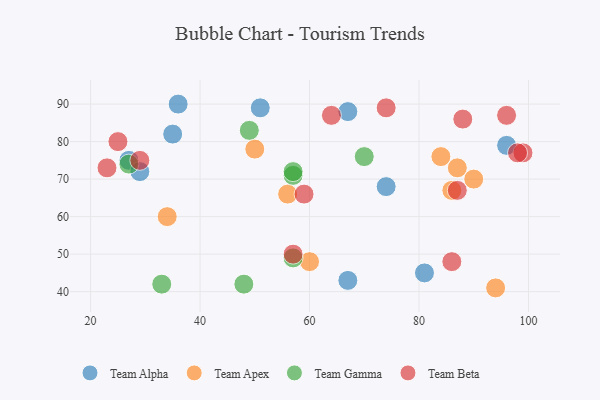
{"axis": {"x": "GDP", "y": "Life Expectancy"}, "legend": ["Team Alpha", "Team Apex", "Team Beta", "Team Gamma"], "data": [{"x": "67", "y": 43, "type": "Team Alpha"}, {"x": "27", "y": 75, "type": "Team Alpha"}, {"x": "36", "y": 90, "type": "Team Alpha"}, {"x": "96", "y": 79, "type": "Team Alpha"}, {"x": "74", "y": 68, "type": "Team Alpha"}, {"x": "51", "y": 89, "type": "Team Alpha"}, {"x": "81", "y": 45, "type": "Team Alpha"}, {"x": "29", "y": 72, "type": "Team Alpha"}, {"x": "35", "y": 82, "type": "Team Alpha"}, {"x": "67", "y": 88, "type": "Team Alpha"}, {"x": "87", "y": 73, "type": "Team Apex"}, {"x": "50", "y": 78, "type": "Team Apex"}, {"x": "60", "y": 48, "type": "Team Apex"}, {"x": "56", "y": 66, "type": "Team Apex"}, {"x": "86", "y": 67, "type": "Team Apex"}, {"x": "94", "y": 41, "type": "Team Apex"}, {"x": "34", "y": 60, "type": "Team Apex"}, {"x": "90", "y": 70, "type": "Team Apex"}, {"x": "84", "y": 76, "type": "Team Apex"}, {"x": "48", "y": 42, "type": "Team Gamma"}, {"x": "49", "y": 83, "type": "Team Gamma"}, {"x": "57", "y": 71, "type": "Team Gamma"}, {"x": "70", "y": 76, "type": "Team Gamma"}, {"x": "57", "y": 49, "type": "Team Gamma"}, {"x": "27", "y": 74, "type": "Team Gamma"}, {"x": "57", "y": 72, "type": "Team Gamma"}, {"x": "33", "y": 42, "type": "Team Gamma"}, {"x": "64", "y": 87, "type": "Team Beta"}, {"x": "74", "y": 89, "type": "Team Beta"}, {"x": "88", "y": 86, "type": "Team Beta"}, {"x": "96", "y": 87, "type": "Team Beta"}, {"x": "99", "y": 77, "type": "Team Beta"}, {"x": "25", "y": 80, "type": "Team Beta"}, {"x": "86", "y": 48, "type": "Team Beta"}, {"x": "98", "y": 77, "type": "Team Beta"}, {"x": "59", "y": 66, "type": "Team Beta"}, {"x": "23", "y": 73, "type": "Team Beta"}, {"x": "57", "y": 50, "type": "Team Beta"}, {"x": "87", "y": 67, "type": "Team Beta"}, {"x": "29", "y": 75, "type": "Team Beta"}]}